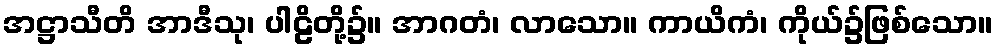
အဋ္ဌာသီတိ အာဒီသု၊ ပါဠိတို့၌။ အာဂတံ၊ လာသော။ ကာယိကံ၊ ကိုယ်၌ဖြစ်သော။